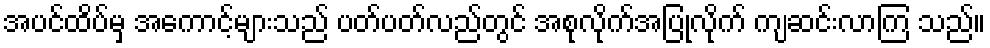
အပင်ထိပ်မှ အကောင့်များသည် ပတ်ပတ်လည်တွင် အစုလိုက်အပြုံလိုက် ကျဆင်းလာကြ သည်။